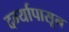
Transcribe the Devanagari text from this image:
दर्ग्यापासून